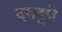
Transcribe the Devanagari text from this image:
दगडूचे